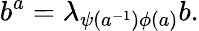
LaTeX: b^{a}=\lambda_{\psi(a^{-1})\phi(a)}b.